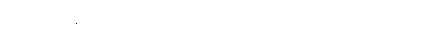
မဟာသင်္ဂါယနာတင်ခြင်းကို။ သုမင်္ဂလဝိလာသိနိယာ၊ သုမင်္ဂလဝိလာသိနီမည်သော။